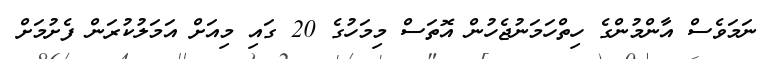
ނަމަވެސް އާންމުންގެ ހިތްހަމަނުޖެހުން އޮތަސް މިމަހުގެ 20 ގައި މިއަށް އަމަލުކުރަން ފެށުމަށް